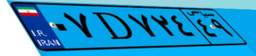
۲۵D۰۸۰۱۲